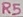
Text: R5